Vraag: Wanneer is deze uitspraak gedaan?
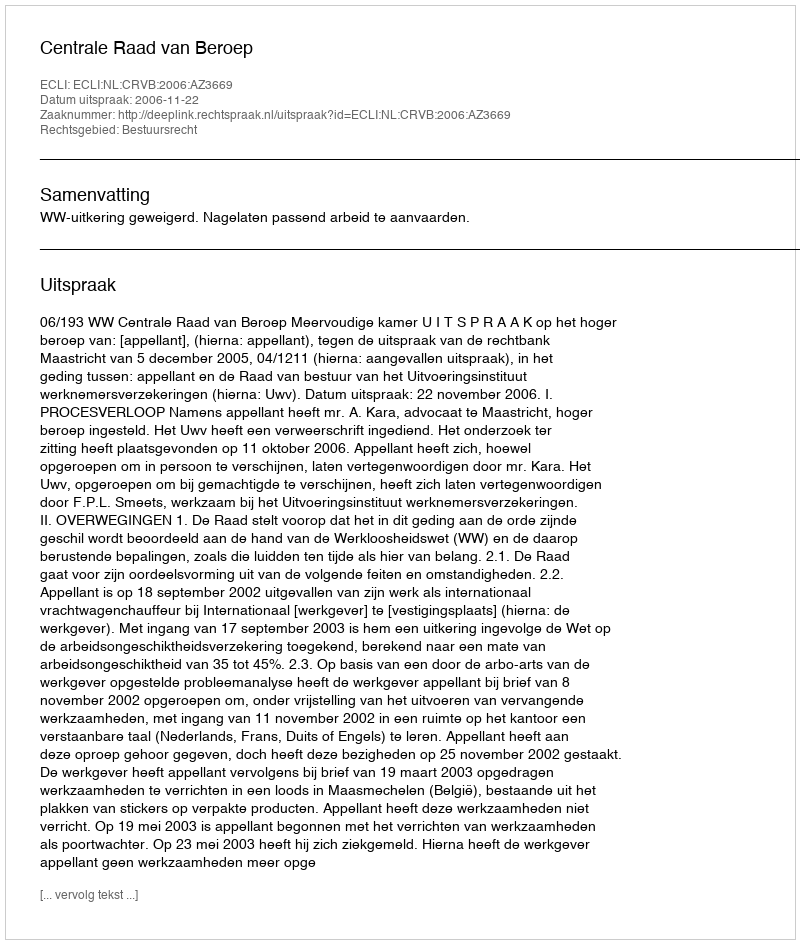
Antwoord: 2006-11-22